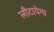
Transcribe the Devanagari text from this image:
लौटायेगा